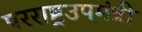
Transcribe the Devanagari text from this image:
परराष्ट्रउपमंत्री